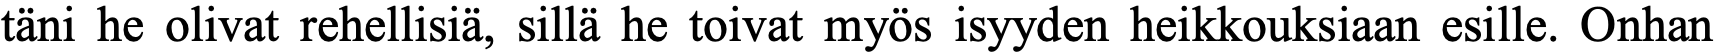
täni he olivat rehellisiä, sillä he toivat myös isyyden heikkouksiaan esille. Onhan